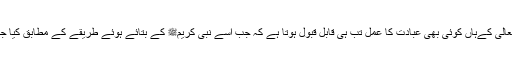
اللہ تعالی کےہاں کوئی بھی عبادت کا عمل تب ہی قابل قبول ہوتا ہے کہ جب اسے نبی کریمﷺ کے بتائے ہوئے طریقے کے مطابق کیا جائے۔